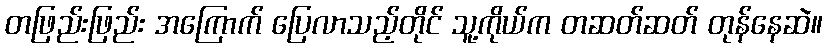
တဖြည်းဖြည်း အကြောက် ပြေလာသည့်တိုင် သူ့ကိုယ်က တဆတ်ဆတ် တုန်နေဆဲ။